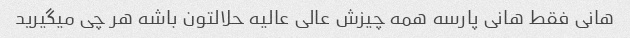
هانی فقط هانی پارسه همه چیزش عالی عالیه حلالتون باشه هر چی میگیرید